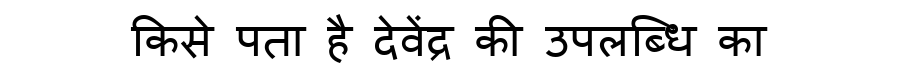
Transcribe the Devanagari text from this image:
किसे पता है देवेंद्र की उपलब्धि का